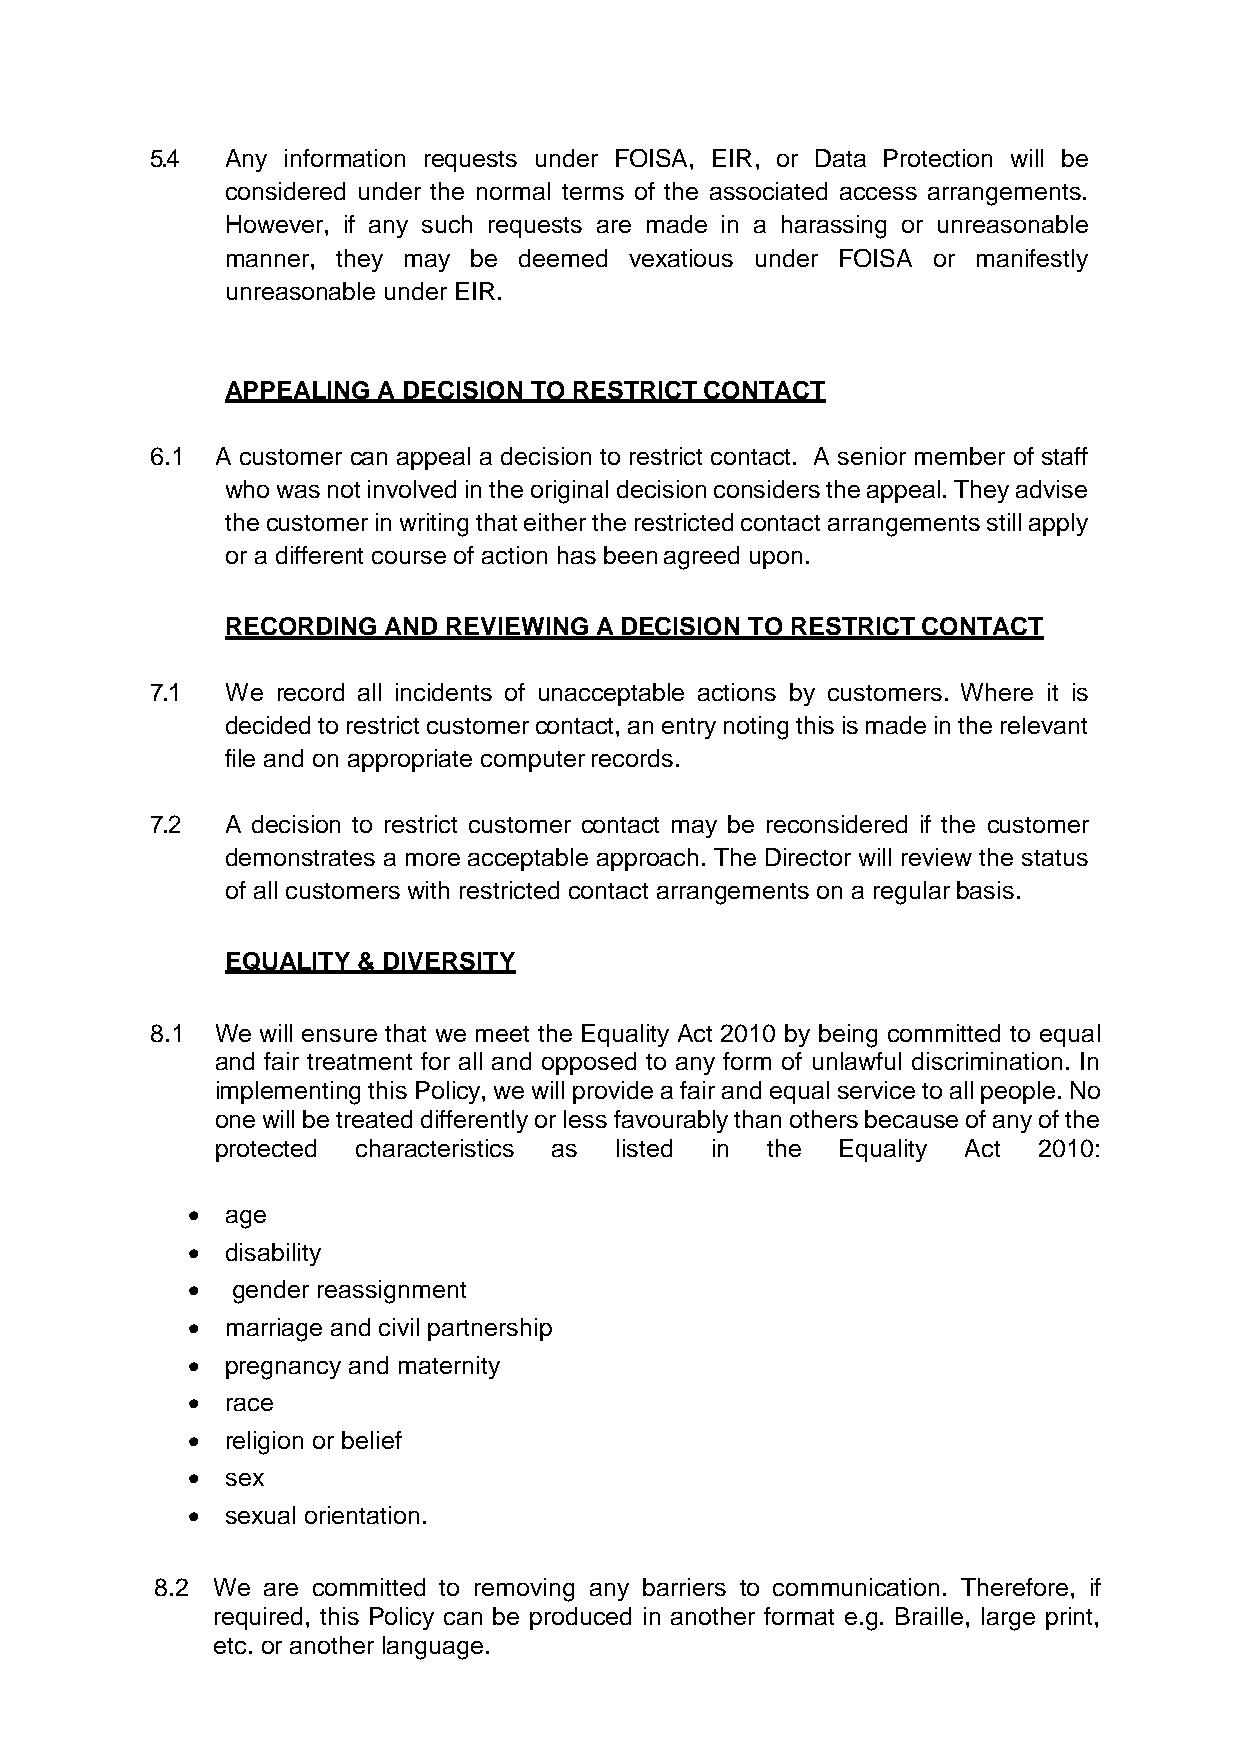
5.4  Any information requests under FOISA, EIR, or Data Protection will be
 considered under the normal terms of the associated access arrangements.
 However, if any such requests are made in a harassing or unreasonable
 manner, they may be deemed vexatious under FOISA or manifestly
 unreasonable under EIR.
 APPEALING A DECISION TO RESTRICT CONTACT
 6.1 A customer can appeal a decision to restrict contact. A senior member of staff
 who was not involved in the original decision considers the appeal. They advise
 the customer in writing that either the restricted contact arrangements still apply
 or a different course of action has been agreed upon.
 RECORDING AND  REVIEWING A DECISION TO RESTRICT CONTACT
 7.1  We record all incidents of unacceptable actions by customers. Where it is
 decided to restrict customer contact, an entry noting this is made in the relevant
 file and on appropriate computer records.
 7.2  A decision to restrict customer contact may be reconsidered if the customer
 demonstrates a more acceptable approach. The Director will review the status
 of all customers with restricted contact arrangements on a regular basis.
 EQUALITY & DIVERSITY
 8.1 We will ensure that we meet the Equality Act 2010 by being committed to equal
 and fair treatment for all and opposed to any form of unlawful discrimination. In
 implementing this Policy, we will provide a fair and equal service to all people. No
 one will be treated differently or less favourably than others because of any of the
 protected characteristics as listed in the Equality Act 2010:
 •  age
 •  disability
 •  gender reassignment
 •  marriage and civil partnership
 •  pregnancy and maternity
 •  race
 •  religion or belief
 •  sex
 •  sexual orientation.
 8.2 We are committed to removing any barriers to communication. Therefore, if
 required, this Policy can be produced in another format e.g. Braille, large print,
 etc. or another language.